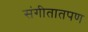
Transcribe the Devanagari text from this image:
संगीतातपण